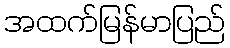
အထက်မြန်မာပြည်